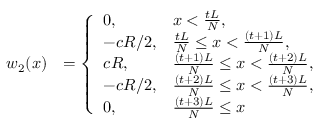
\begin{array} { r l } { w _ { 2 } ( x ) } & { = \left\{ \begin{array} { l l } { 0 , } & { x < \frac { t L } { N } , } \\ { - c R / 2 , } & { \frac { t L } { N } \leq x < \frac { ( t + 1 ) L } { N } , } \\ { c R , } & { \frac { ( t + 1 ) L } { N } \leq x < \frac { ( t + 2 ) L } { N } , } \\ { - c R / 2 , } & { \frac { ( t + 2 ) L } { N } \leq x < \frac { ( t + 3 ) L } { N } , } \\ { 0 , } & { \frac { ( t + 3 ) L } { N } \leq x } \end{array} \right. } \end{array}